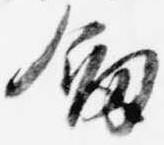
剣